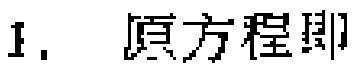
1. 原方程即